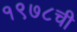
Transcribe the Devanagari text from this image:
१९७८ची